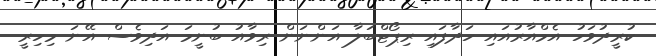
ކުރީދުވަހު އެމްއާރުއައި ހަދާފައި ރިޕޯޓްބަލާ އަންނަން ރިވާއު ބުނީމަ އަދިވެސް އޭނަ މިހިރީ